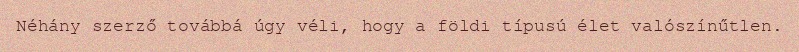
Néhány szerző továbbá úgy véli, hogy a földi típusú élet valószínűtlen.